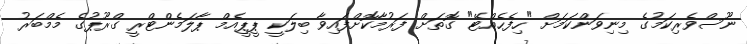
ނޫސްވެރިކަމުގެ މިނިވަންކަމަށް "ހިފެހެއްޓޭ" ގޮތަށް ފަރުމާކޮށްފައިވާ ބިލަކީ ޕީޕީއެމް ޕާލަމެންޓްރީ ގްރޫޕުގެ މެމްބަރު